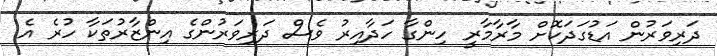
ދަރިވަރުން އަޑުގަދަކޮށް މާރާމާރީ ހިންގާ ހަދާއިރު ވެސް ދަރިވަރުންގެ އިންޒާރުތަކާ ހުރެ އެ